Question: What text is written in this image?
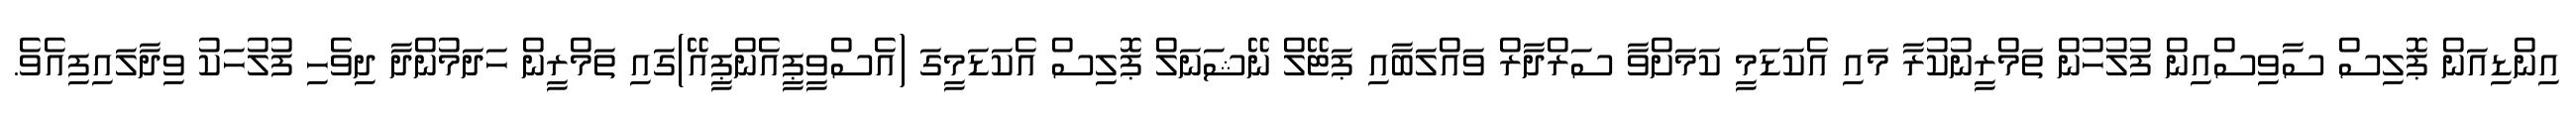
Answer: އިންޑިއަން ޕޮލިސް ސާވިސްއިން ފުލުހުން ތަމްރީނުކުރާ މައި އެކަޑަމީ ކަމަށްވާ ސަރްދާރް ވައްލަބާއި ޕަޓޭލް ނޭޝަނަލް ޕޮލިސް އެކަޑަމީގަ (އެސްވީޕީއެންޕީއޭ)ގައި ތަމްރީން ހަދަމުންދާ ދިވެހި ފުލުހަކު ވިދާލައިފިއެވެ.